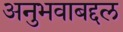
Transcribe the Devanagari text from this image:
अनुभवाबद्दल